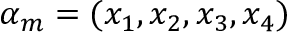
\alpha _ { m } = ( x _ { 1 } , x _ { 2 } , x _ { 3 } , x _ { 4 } )